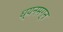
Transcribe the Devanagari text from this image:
ध्‍यनमग्‍न